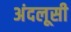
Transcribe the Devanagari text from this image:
अंदलूसी